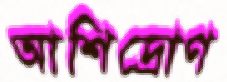
আশিদ্রোণ